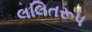
લલિતરૂપ